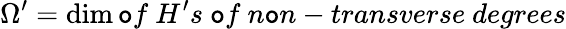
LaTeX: \Omega^{\prime}=\dim\mathtt{o}f~H^{\prime}s~\mathtt{o}f~n\mathtt{o}n-transverse~degrees